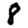
Digit: 8